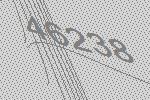
46238